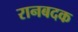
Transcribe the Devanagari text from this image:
रानबदक